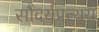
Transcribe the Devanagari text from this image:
सौंदर्यप्रत्यय